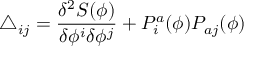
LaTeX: \triangle _ { i j } = \frac { \delta ^ { 2 } S ( \phi ) } { \delta \phi ^ { i } \delta \phi ^ { j } } + P _ { i } ^ { a } ( \phi ) P _ { a j } ( \phi )